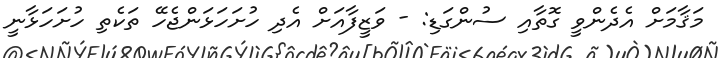
މަޤާމަށް އެދެންވީ ގޮތާއި ސުންގަޑި: - ވަޒީފާއަށް އެދި ހުށަހަޅަންޖެހޭ ތަކެތި ހުށަހަޅާނީ